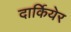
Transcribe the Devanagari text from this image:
दार्कियेर